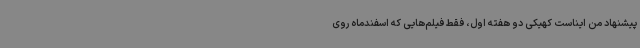
پیشنهاد من ایناست کهیکی دو هفته اول، فقط فیلم‌هایی که اسفندماه روی